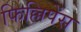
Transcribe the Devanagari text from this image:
फिल्लिपेंस